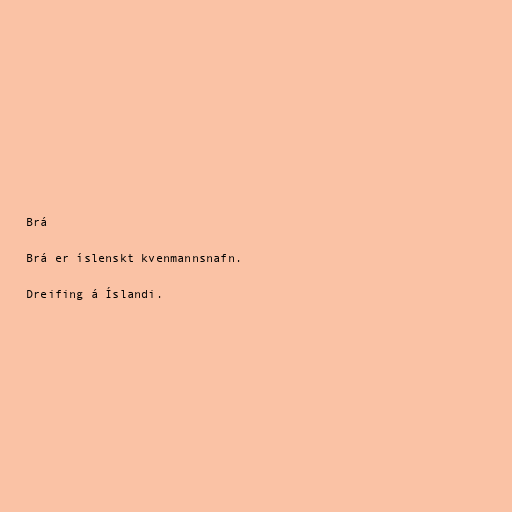
Brá

Brá er íslenskt kvenmannsnafn.

Dreifing á Íslandi.